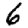
Digit: 6